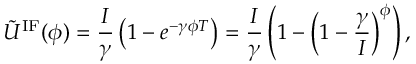
\tilde { U } ^ { \mathrm { I F } } ( \phi ) = \frac { I } { \gamma } \left( 1 - e ^ { - \gamma \phi T } \right) = \frac { I } { \gamma } \left( 1 - \left( 1 - \frac { \gamma } { I } \right) ^ { \phi } \right) ,